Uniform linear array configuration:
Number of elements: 24
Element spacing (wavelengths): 0.5
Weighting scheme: cosine
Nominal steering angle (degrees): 15
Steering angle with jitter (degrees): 15.276
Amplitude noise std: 0.05
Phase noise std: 0.05

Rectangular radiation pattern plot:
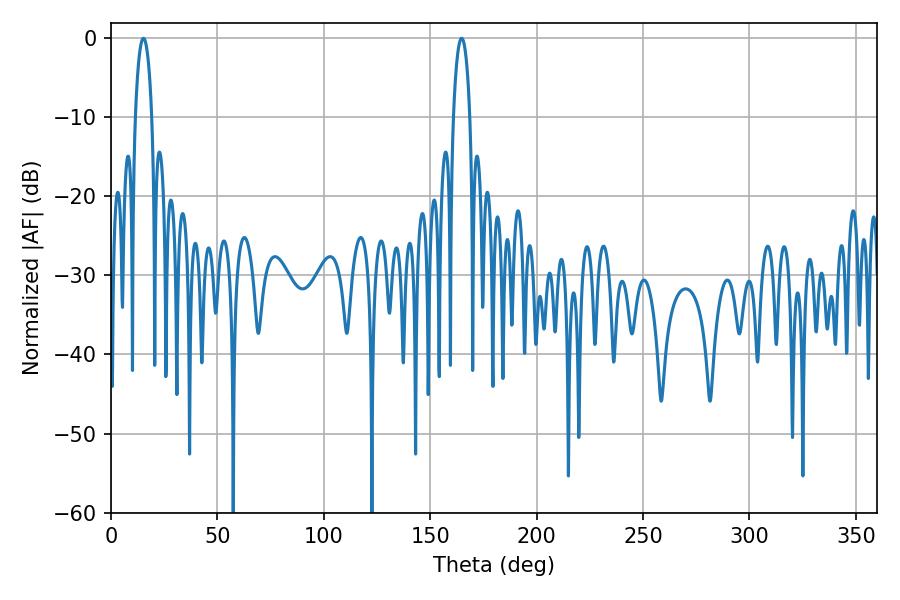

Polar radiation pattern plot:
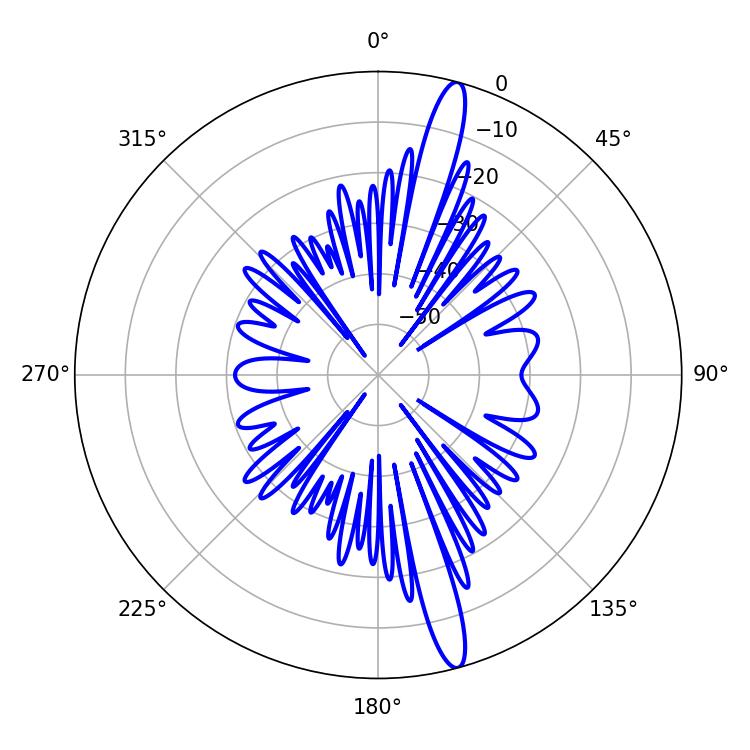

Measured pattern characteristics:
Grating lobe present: FALSE
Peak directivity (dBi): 16.386
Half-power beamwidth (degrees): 4.32
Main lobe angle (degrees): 15.3